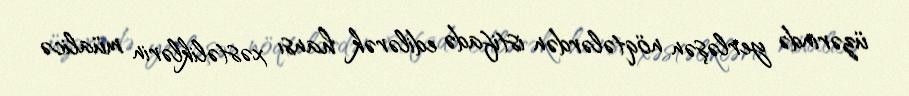
üzərində yerləşən nöqtələrdən istifadə edilərək hansı xəstəliklərin müalicə